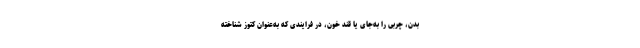
بدن، چربی را به‌جای یا قند خون، در فرایندی که به‌عنوان کتوز شناخته